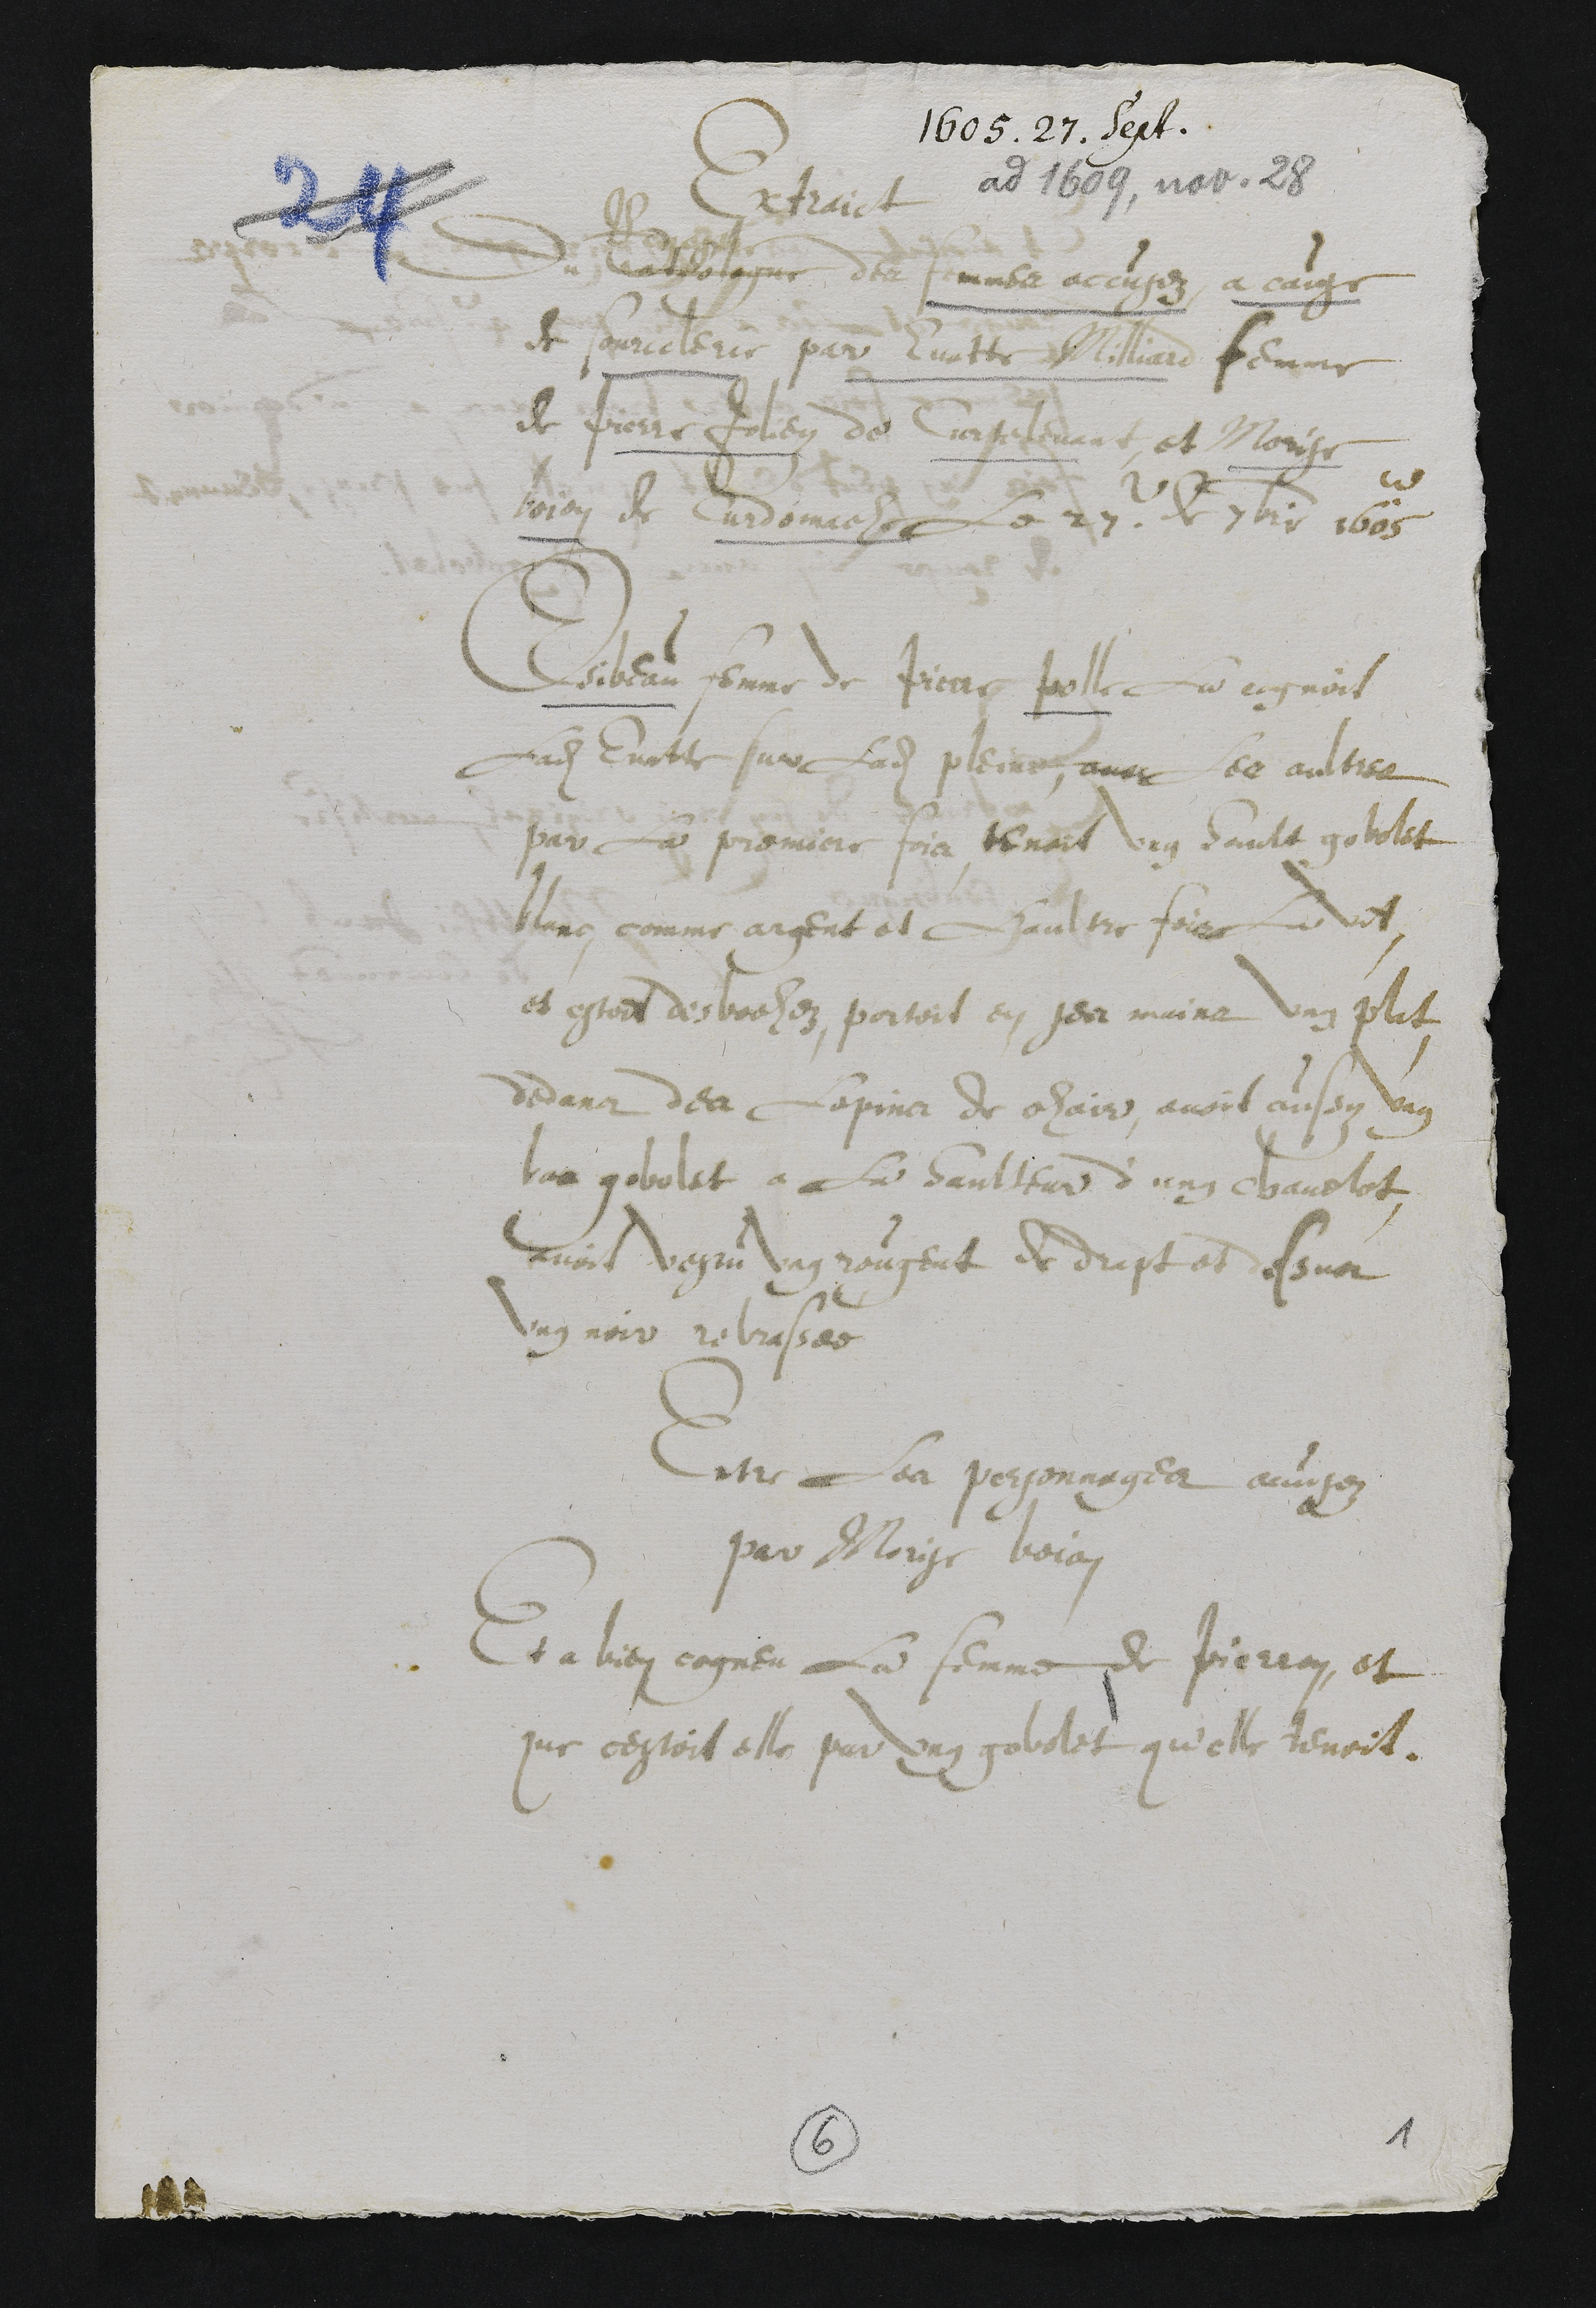
1605. 27. Sept.
Extraict
du Catalogue
Regestre
des femmes accusez a cause
de sourcelerie par Evatte Milliard femme
de Pierre Joliey de Cortelevant, et Morise
boion de Curdomache Le 27e de 7bre 1605
Esibeau femme de Piere Polle la cognoit
Ladite Evatte sur ladite pleine, avec Les aultres
par la premiere fois, tenoit ung hault gobolet
blanc, comme argent et Daultre fois la vit
et estoit desbochez, portoit en ses mains ung plat
dedans des lopins de chair, avoit aussy ung
bas gobolet a la haulteur d'ung chavelot
avoit vestu ung rougent et drapt et dessus
ung noir rebrassee
Entre Les personnages accusez
par Morise Boion
Et a bien cogneu la femme de Pierron, et
que cestoit elle par ung gobolet qu'elle tenoit.
6
1